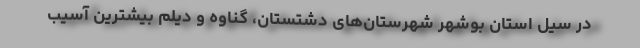
در سیل استان بوشهر شهرستان‌های دشتستان، گناوه و دیلم بیشترین آسیب